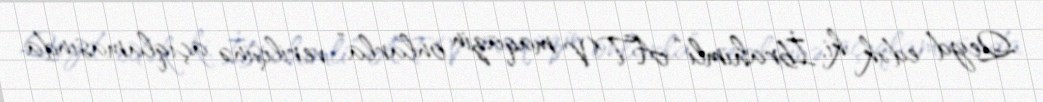
Qeyd edək ki, İbrahimli “ATV maqazin onlarla” verilişinə açıqlamasında